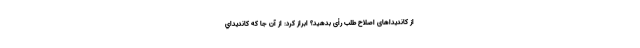
از کاندیداهای اصلاح طلب رأی بدهید؟ ابراز کرد: از آن جا كه كانديداي